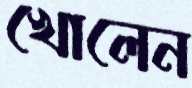
খোলেন